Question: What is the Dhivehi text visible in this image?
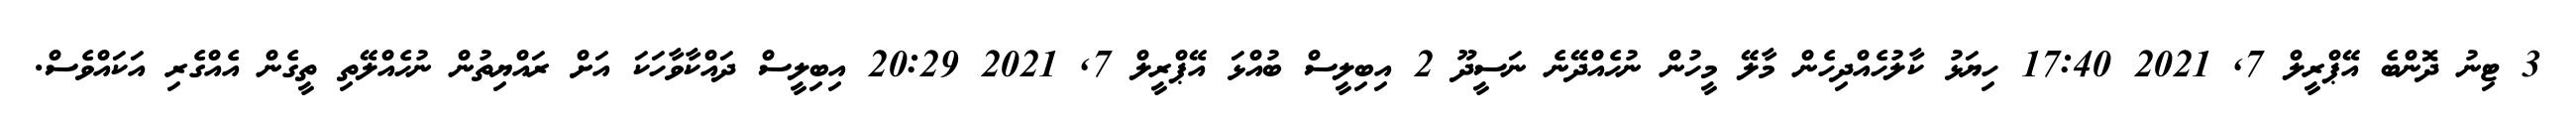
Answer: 3 ޓިނު ދޮންބެ އޭޕްރީލް 7, 2021 17:40 ހިޔަޅު ކާލުހެއްދިހެން މާލޭ މީހުން ނުހެއްދޭނެ ނަސީދޫ 2 އިބިލީސް ބުއްޅަ އޭޕްރީލް 7, 2021 20:29 އިބިލީސް ދައްކާވާހަކަ އަށް ރައްޔިތުން ނުހެއްލޭތި ތީގެން އެއްގެރި އަކައްވެސް.